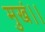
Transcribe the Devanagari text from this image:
मुखं।।